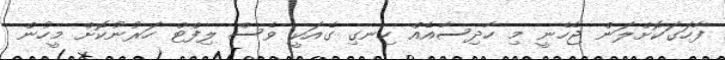
ފާހަގަކޮށްލަން ޖެހެނީ މި ހާދިސާއެއް ހިނގި ގެއަކީ ވެސް ލިފްޓް ހަރުނުކޮށް މީހުން